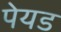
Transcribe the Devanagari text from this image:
पेयड